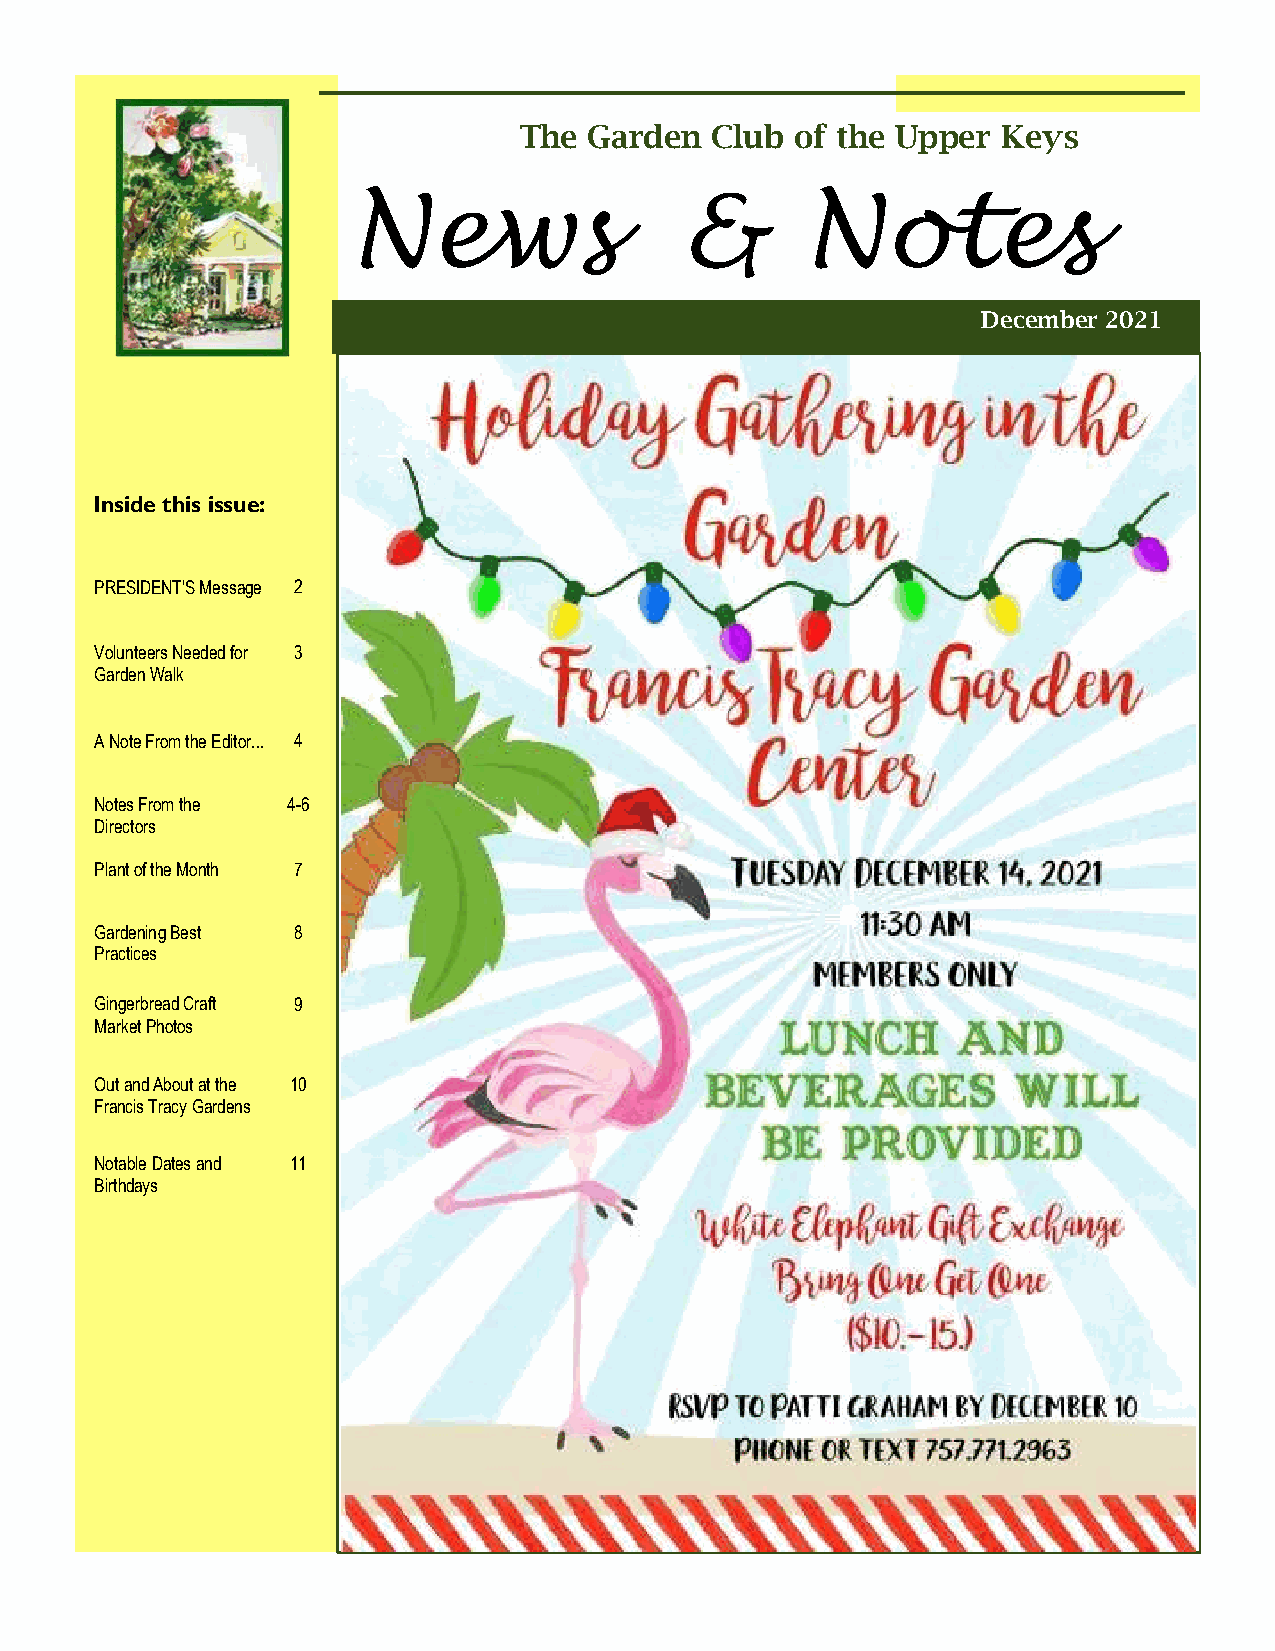
The  Garden  Club  of the Upper Keys
 News                  &       Notes
 S u Dmecmeemrb 2er0 22002 1
 Inside this issue:
 PRESIDENT’S Message 2
 Volunteers Needed for 3
 Garden Walk
 A Note From the Editor... 4
 Notes From the 4-6
 Directors
 Plant of the Month 7
 Gardening Best 8
 Practices
 Gingerbread Craft 9
 Market Photos
 Out and About at the 10
 Francis Tracy Gardens
 Notable Dates and 11
 Birthdays